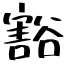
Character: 豁